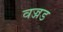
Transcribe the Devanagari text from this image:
वज्जड